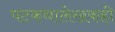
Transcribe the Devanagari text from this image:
पटकथालेखकही